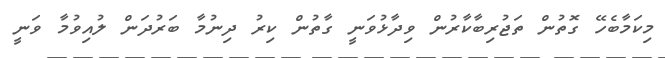
މިކަމާބެހޭ ގޮތުން ތަޖުރިބާކާރުން ވިދާޅުވަނީ ގާތުން ކިރު ދިނުމާ ބަރުދަން ލުއިވުމާ ވަނީ